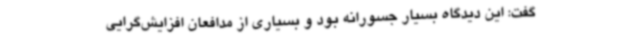
گفت: این دیدگاه بسیار جسورانه بود و بسیاری از مدافعان افزایش‌گرایی